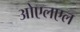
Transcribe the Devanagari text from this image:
ओएलएल